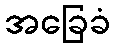
အခြေခံ